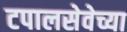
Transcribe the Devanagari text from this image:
टपालसेवेच्या